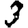
Digit: 3